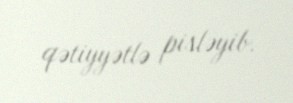
qətiyyətlə pisləyib.